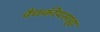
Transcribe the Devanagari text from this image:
वैद्यकीयसाह्य